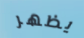
يظهر